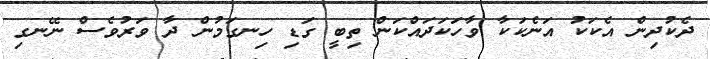
ދެކުދިން އެކަކު އަނެކަކާ ވާހަކަދައްކަން ތިބީ ގަޑި ހިނގަމުން ދާ ވަރުވެސް ނޭނގި